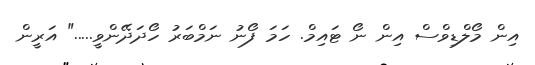
އިން މޯލްޑިވްސް އިން ނޯ ޓައިމް. ހަމަ ފޯނު ނަމްބަރު ހޯދަދޭންވީ....." އަރީން